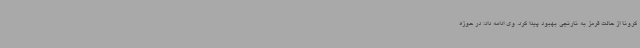
کرونا از حالت قرمز به نارنجی بهبود پیدا کرد. وی ادامه داد: در حوزه